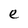
Character: e